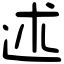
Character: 述